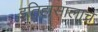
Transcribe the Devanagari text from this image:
इतिहासालाच